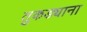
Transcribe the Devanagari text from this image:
तुकड्याना